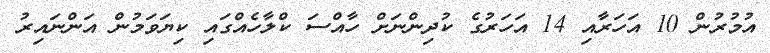
އުމުރުން 10 އަހަރާއި 14 އަހަރުގެ ކުދިންނަށް ހާއްސަ ކްލާހެއްގައި ކިޔަވަމުން އަންނައިރު